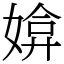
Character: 媕